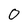
Character: 0